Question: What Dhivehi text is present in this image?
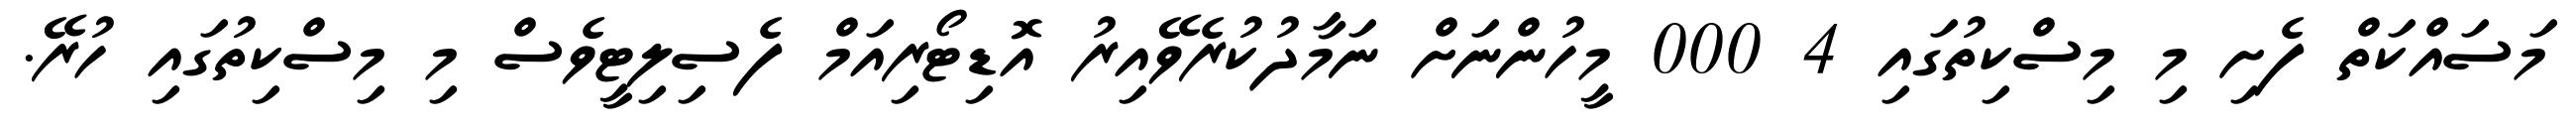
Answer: މަސައްކަތް ފެށި މި މިސްކިތުގައި 4 000 މީހުންނަށް ނަމާދުކުރެވޭއިރު އޮޑިޓޯރިއަމް ފެސިލިޓީވެސް މި މިސްކިތުގައި ހުރޭ.